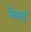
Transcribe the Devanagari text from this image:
कैकडी